Scottish Leaving Certificate Examination, 1954
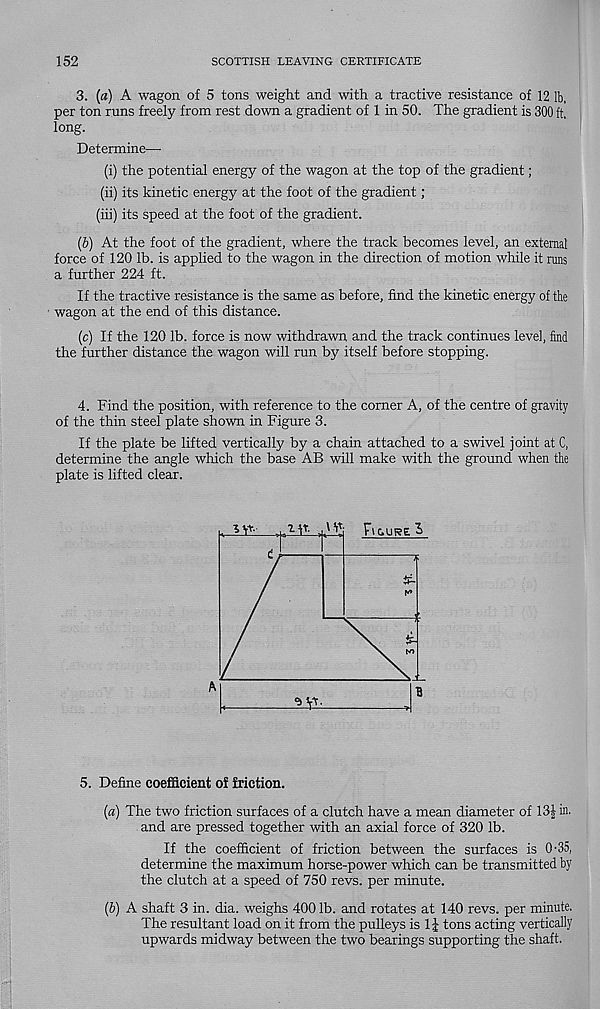
152
SCOTTISH LEAVING CERTIFICATE
3. (a) A wagon of 5 tons weight and with a tractive resistance of 12 lb,
per ton runs freely from rest down a gradient of 1 in 50. The gradient is 300 ft,
long.
Determine—
(i) the potential energy of the wagon at the top of the gradient;
(ii) its kinetic energy at the foot of the gradient;
(iii) its speed at the foot of the gradient.
(b) At the foot of the gradient, where the track becomes level, an external
force of 120 lb. is applied to the wagon in the direction of motion while it runs
a further 224 ft.
If the tractive resistance is the same as before, find the kinetic energy of the
wagon at the end of this distance.
(c) If the 120 lb. force is now withdrawn and the track continues level, find
the further distance the wagon will run by itself before stopping.
4. Find the position, with reference to the corner A, of the centre of gravity
of the thin steel plate shown in Figure 3.
If the plate be lifted vertically by a chain attached to a swivel joint at C,
determine the angle which the base AB will make with the ground when the
plate is lifted clear.
Figure S
<5 yr
5. Define coefficient of friction.
(a) The two friction surfaces of a clutch have a mean diameter of 13£ in.
and are pressed together with an axial force of 320 lb.
If the coefficient of friction between the surfaces is O'35,
determine the maximum horse-power which can be transmitted by
the clutch at a speed of 750 revs, per minute.
(b) A shaft 3 in. dia. weighs 400 lb. and rotates at 140 revs, per minute,
The resultant load on it from the pulleys is 1J tons acting vertically
upwards midway between the two bearings supporting the shaft.